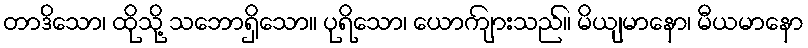
တာဒိသော၊ ထိုသို့ သဘောရှိသော။ ပုရိသော၊ ယောကျ်ားသည်။ မိယျမာနော၊ မီယမာနော